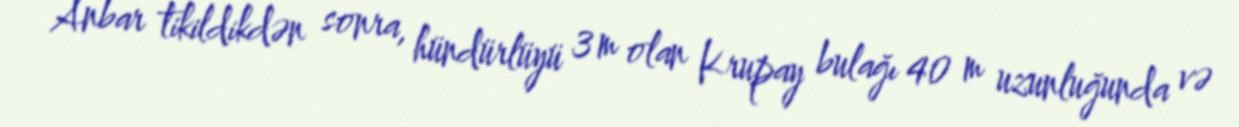
Anbar tikildikdən sonra, hündürlüyü 3 m olan Krupay bulağı 40 m uzunluğunda və